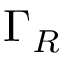
\Gamma _ { R }